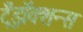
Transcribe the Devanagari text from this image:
ट्रँझॅक्शन्स